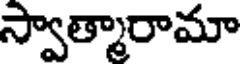
స్వాత్మారామా